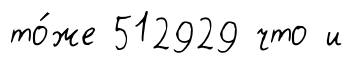
то́же 512929 что и